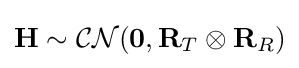
\mathbf {H} \sim {\mathcal {CN}}(\mathbf {0} ,\mathbf {R} _{T}\otimes \mathbf {R} _{R})